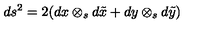
d s ^ { 2 } = 2 ( d x \otimes _ { s } d \tilde { x } + d y \otimes _ { s } d \tilde { y } )